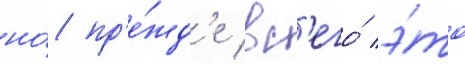
но́ пр'е́жд'е вс'его́ э́то